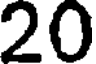
20